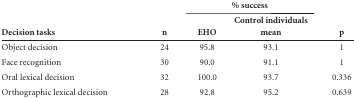
|  |  | <COLSPAN=2> % success |  |
 |  |  |  | Control individuals |  |
 | Decision tasks | n | EHO | mean | p |
 | --- | --- | --- | --- | --- |
 | Object decision | 24 | 95.8 | 93.1 | 1 |
 | Face recognition | 30 | 90.0 | 91.1 | 1 |
 | Oral lexical decision | 32 | 100.0 | 93.7 | 0.336 |
 | Orthographic lexical decision | 28 | 92.8 | 95.2 | 0.639 |